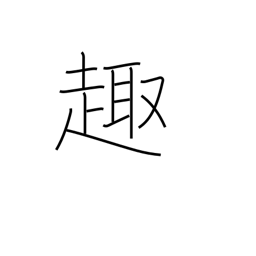
Meaning: gist